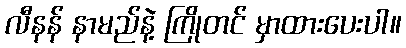
လီနန် နာမည်နဲ့ ကြိုတင် မှာထားပေးပါ။